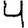
Digit: 4